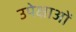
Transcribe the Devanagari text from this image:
उपेक्षाअों